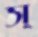
স্